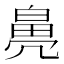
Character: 𤾒